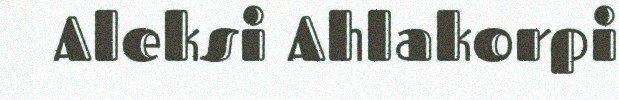
Aleksi Ahlakorpi